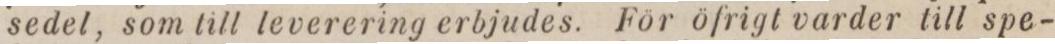
sedel, som till leverering erbjudes. För öfrigt varder till spe-